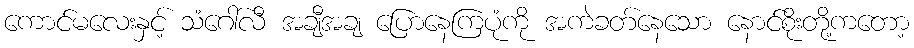
ကောင်မလေးနှင့် သံဂေါ်လီ အချီအချ ပြောနေကြပုံကို အကဲခတ်နေသော နောင်စိုးတို့ကတော့